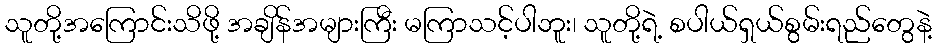
သူတို့အကြောင်းသိဖို့ အချိန်အများကြီး မကြာသင့်ပါဘူး၊ သူတို့ရဲ့ စပါယ်ရှယ်စွမ်းရည်တွေနဲ့